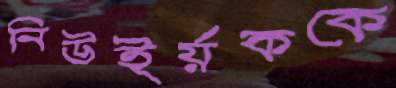
নিউইর্য়ককে